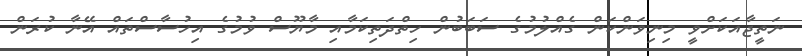
ނަތީޖާއަކަށްވީ މިނިވަންކަން ގެއްލުމުގެ ސަބަބުން ހިތްދަތިކަމާއި މާޔޫސް ވުމުގެ އިހުސާސްތައް އޭނާ ކުރަން